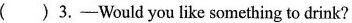
( )3.—Would you like something to drink?